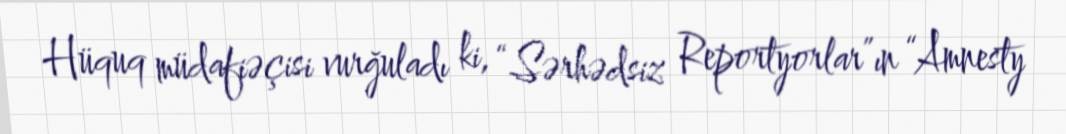
Hüquq müdafiəçisi vurğuladı ki, “Sərhədsiz Reportyorlar”ın “Amnesty